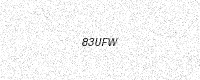
Text: 83UFW